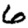
Digit: 6